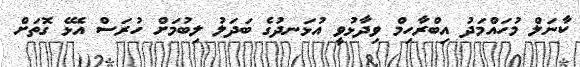
ކާނަލް މުހައްމަދު އިބްރާހިމް ވިދާޅުވީ އުޅަނދުގެ ބަދަލު ލިބުމަށް ހުރަސް އެޅޭ ގޮތަށް